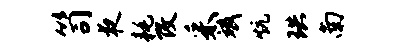
笥夜耗改采斌炕珙南